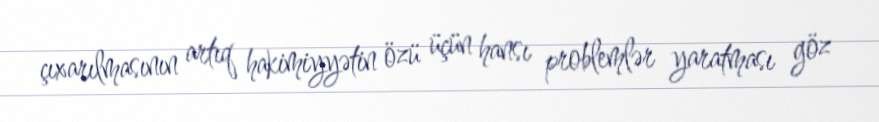
çıxarılmasının artıq hakimiyyətin özü üçün hansı problemlər yaratması göz